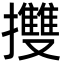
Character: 㩳